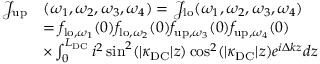
\begin{array} { r l } { \mathcal { J } _ { \mathrm { u p } } } & { ( \omega _ { 1 } , \omega _ { 2 } , \omega _ { 3 } , \omega _ { 4 } ) = \mathcal { J } _ { \mathrm { l o } } ( \omega _ { 1 } , \omega _ { 2 } , \omega _ { 3 } , \omega _ { 4 } ) } \\ & { = { f } _ { \mathrm { l o } , \omega _ { 1 } } ( 0 ) { f } _ { \mathrm { l o } , \omega _ { 2 } } ( 0 ) { f } _ { \mathrm { u p } , \omega _ { 3 } } ( 0 ) { f } _ { \mathrm { u p } , \omega _ { 4 } } ( 0 ) } \\ & { \times \int _ { 0 } ^ { L _ { \mathrm { D C } } } i ^ { 2 } \sin ^ { 2 } ( | \kappa _ { \mathrm { D C } } | z ) \cos ^ { 2 } ( | \kappa _ { \mathrm { D C } } | z ) e ^ { i \Delta k z } d z } \end{array}